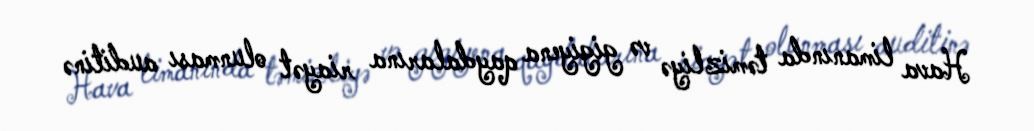
Hava limanında təmizliyə və gigiyena qaydalarına riayət olunması auditinə